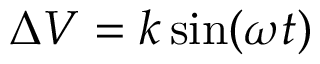
\Delta V = k \sin ( \omega t )